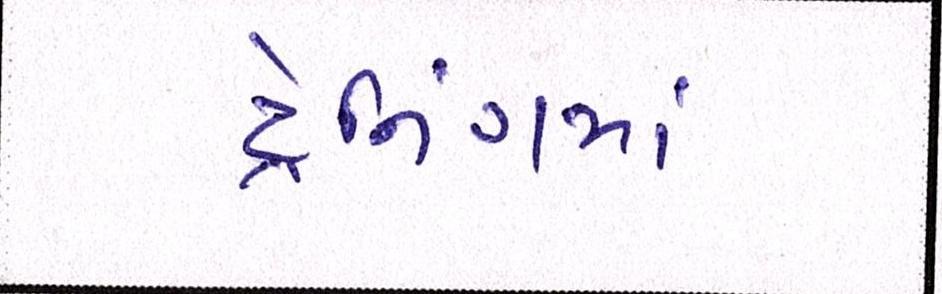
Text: ટ્રેનિગમા